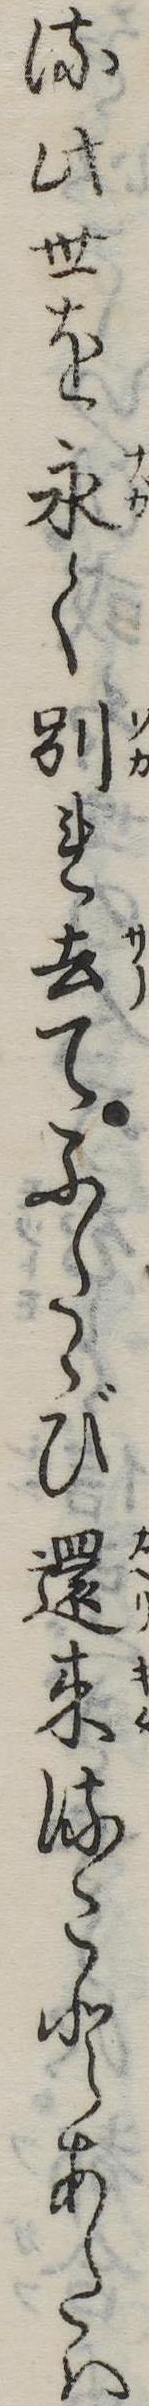
る此世を永く別れ去てふたゝび還来ることあたは